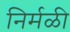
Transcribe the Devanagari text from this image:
निर्मळी